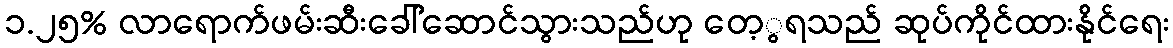
၁.၂၅% လာရောက်ဖမ်းဆီးခေါ်ဆောင်သွားသည်ဟု တေ့ွရသည် ဆုပ်ကိုင်ထားနိုင်ရေး